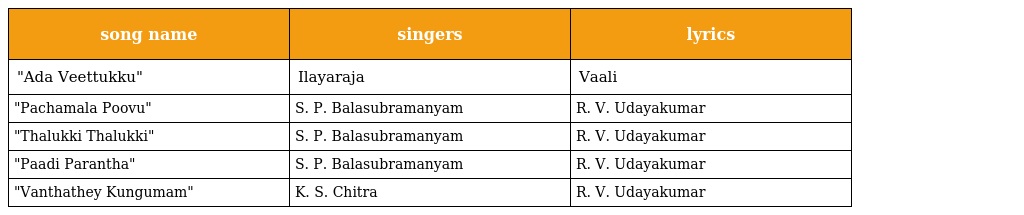
| song name | singers | lyrics |
 | --- | --- | --- |
 | "Ada Veettukku" | Ilayaraja | Vaali |
 | "Pachamala Poovu" | S. P. Balasubramanyam | R. V. Udayakumar |
 | "Thalukki Thalukki" | S. P. Balasubramanyam | R. V. Udayakumar |
 | "Paadi Parantha" | S. P. Balasubramanyam | R. V. Udayakumar |
 | "Vanthathey Kungumam" | K. S. Chitra | R. V. Udayakumar |